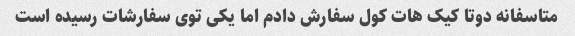
متاسفانه دوتا کیک هات کول سفارش دادم اما یکی توی سفارشات رسیده است